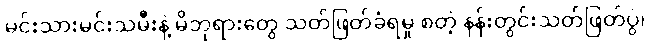
မင်းသားမင်းသမီးနဲ့ မိဘုရားတွေ သတ်ဖြတ်ခံရမှု စတဲ့ နန်းတွင်းသတ်ဖြတ်ပွဲ၊